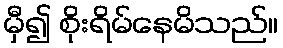
မှီ၍ စိုးရိမ်နေမိသည်။